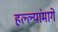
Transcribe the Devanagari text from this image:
हल्ल्यांमागे